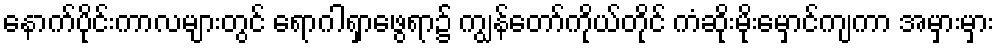
နောက်ပိုင်းကာလများတွင် ရောဂါရှာဖွေရာ၌ ကျွန်တော်ကိုယ်တိုင် ကံဆိုးမိုးမှောင်ကျကာ အမှားမှား